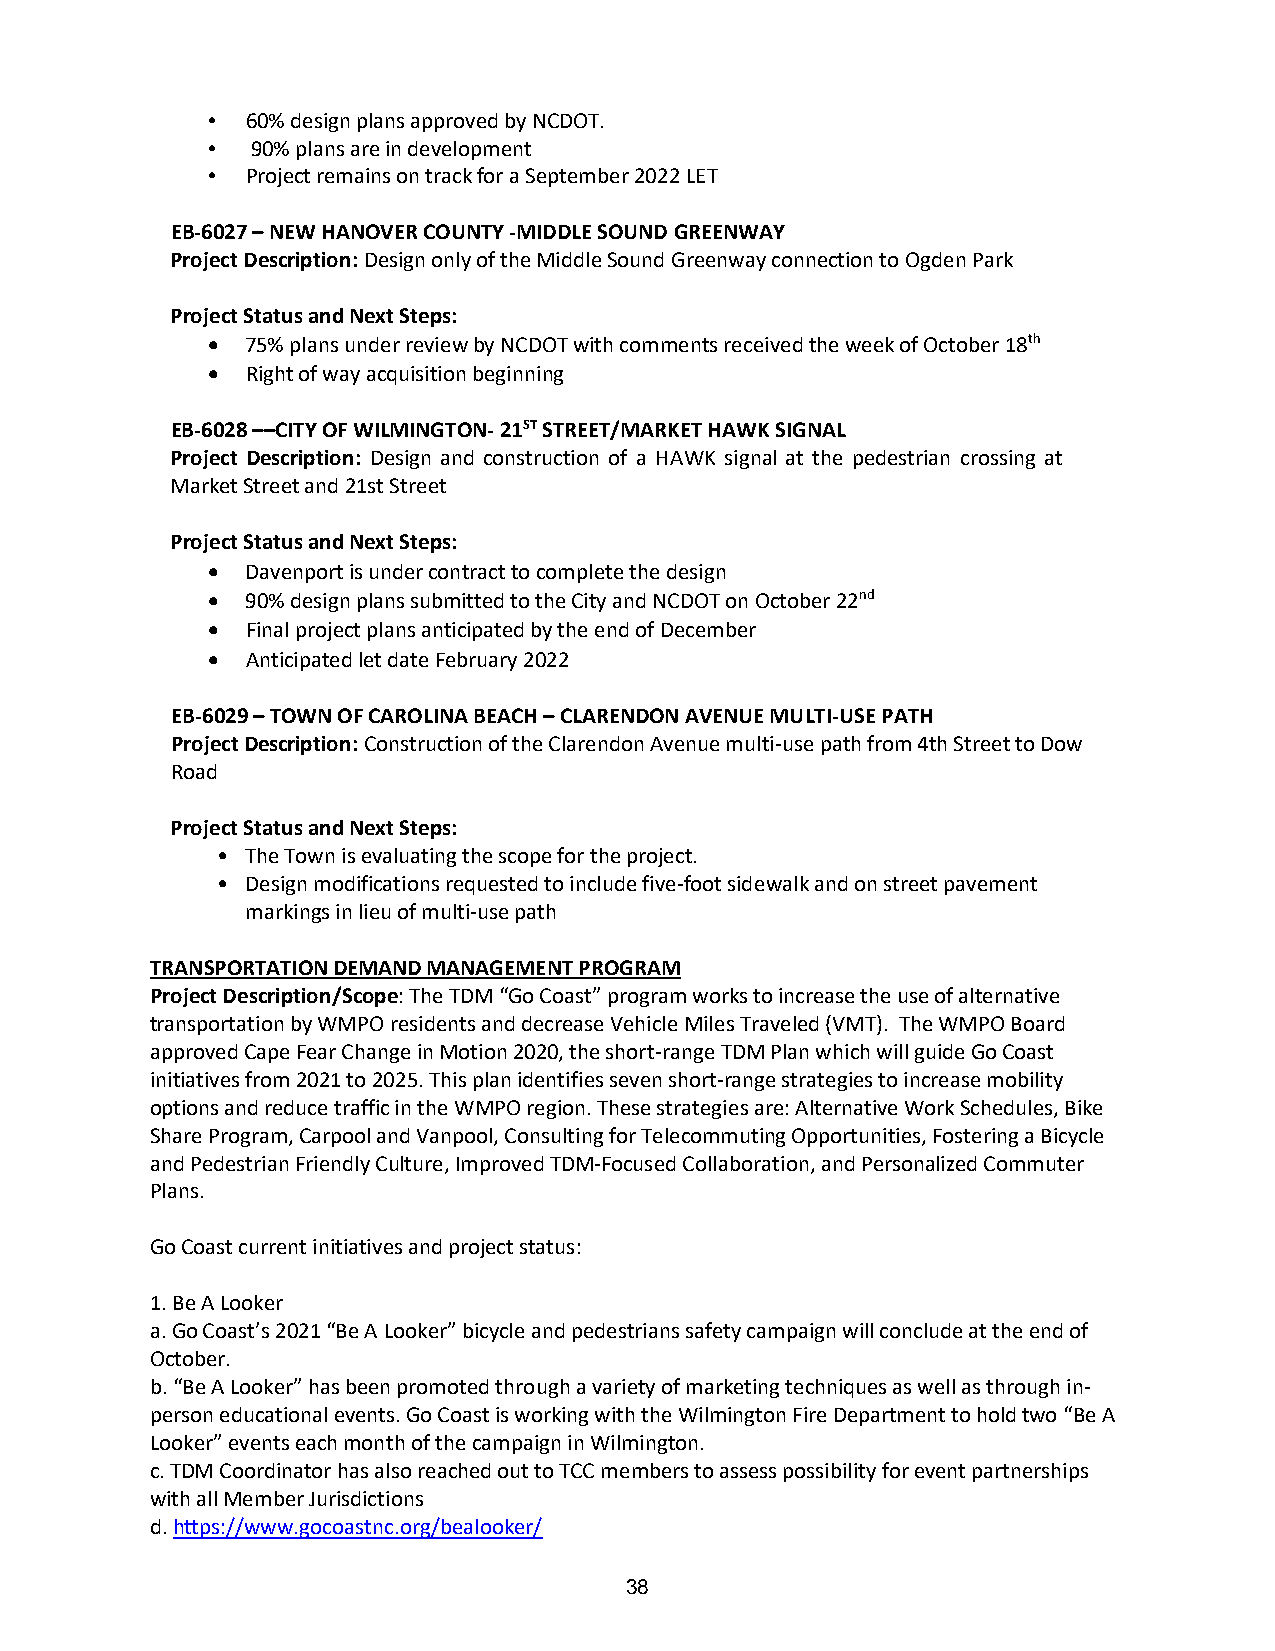
• 60% design plans approved by NCDOT.
 •  90% plans are in development
 • Project remains on track for a September 2022 LET
 EB-6027 – NEW HANOVER COUNTY -MIDDLE SOUND GREENWAY
 Project Description: Design only of the Middle Sound Greenway connection to Ogden Park
 Project Status and Next Steps:
 • 75% plans under review by NCDOT with comments received the week of October 18th
 • Right of way acquisition beginning
 EB-6028 ––CITY OF WILMINGTON- 21ST STREET/MARKET HAWK SIGNAL
 Project Description: Design and construction of a HAWK signal at the pedestrian crossing at
 Market Street and 21st Street
 Project Status and Next Steps:
 • Davenport is under contract to complete the design
 • 90% design plans submitted to the City and NCDOT on October 22nd
 • Final project plans anticipated by the end of December
 • Anticipated let date February 2022
 EB-6029 – TOWN OF CAROLINA BEACH – CLARENDON AVENUE MULTI-USE PATH
 Project Description: Construction of the Clarendon Avenue multi-use path from 4th Street to Dow
 Road
 Project Status and Next Steps:
 • The Town is evaluating the scope for the project.
 • Design modifications requested to include five-foot sidewalk and on street pavement
 markings in lieu of multi-use path
 TRANSPORTATION DEMAND MANAGEMENT PROGRAM
 Project Description/Scope: The TDM “Go Coast” program works to increase the use of alternative
 transportation by WMPO residents and decrease Vehicle Miles Traveled (VMT). The WMPO Board
 approved Cape Fear Change in Motion 2020, the short-range TDM Plan which will guide Go Coast
 initiatives from 2021 to 2025. This plan identifies seven short-range strategies to increase mobility
 options and reduce traffic in the WMPO region. These strategies are: Alternative Work Schedules, Bike
 Share Program, Carpool and Vanpool, Consulting for Telecommuting Opportunities, Fostering a Bicycle
 and Pedestrian Friendly Culture, Improved TDM-Focused Collaboration, and Personalized Commuter
 Plans.
 Go Coast current initiatives and project status:
 1.Be A Looker
 a.Go Coast’s 2021 “Be A Looker” bicycle and pedestrians safety campaign will conclude at the end of
 October.
 b.“Be A Looker” has been promoted through a variety of marketing techniques as well as through in-
 person educational events. Go Coast is working with the Wilmington Fire Department to hold two “Be A
 Looker” events each month of the campaign in Wilmington.
 c.TDM Coordinator has also reached out to TCC members to assess possibility for event partnerships
 with all Member Jurisdictions
 d.https://www.gocoastnc.org/bealooker/
 38